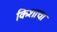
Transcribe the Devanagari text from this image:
किशाचा